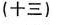
(十三)